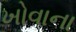
ખોવાના